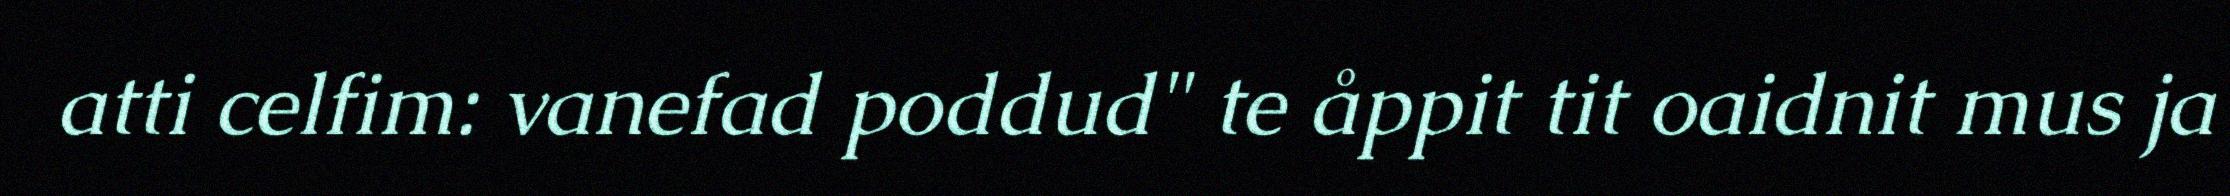
atti celfim: vanefad poddud" te åppit tit oaidnit mus ja